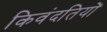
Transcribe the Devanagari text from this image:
किवंदतियों